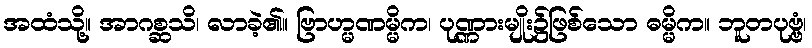
အထံသို့။ အာဂစ္ဆသိ၊ လာခဲ့၏။ ဗြာဟ္မဏမ္မိက၊ ပုဏ္ဏားမျိုး၌ဖြစ်သော ဓမ္မိက။ ဘူတပုဗ္ဗံ၊